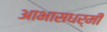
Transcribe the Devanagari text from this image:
आभासधर्मी